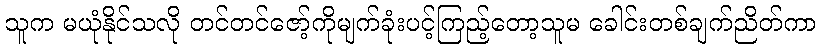
သူက မယုံနိုင်သလို တင်တင်ဇော့်ကိုမျက်ခုံးပင့်ကြည့်တော့သူမ ခေါင်းတစ်ချက်ညိတ်ကာ